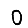
Digit: 0